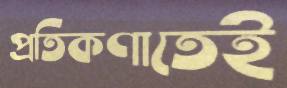
প্রতিকণাতেই